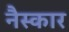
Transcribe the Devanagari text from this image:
नैस्कार